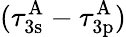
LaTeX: (\tau_{\mathrm{3s}}^{\mathrm{A}}-\tau_{\mathrm{3p}}^{\mathrm{A}})